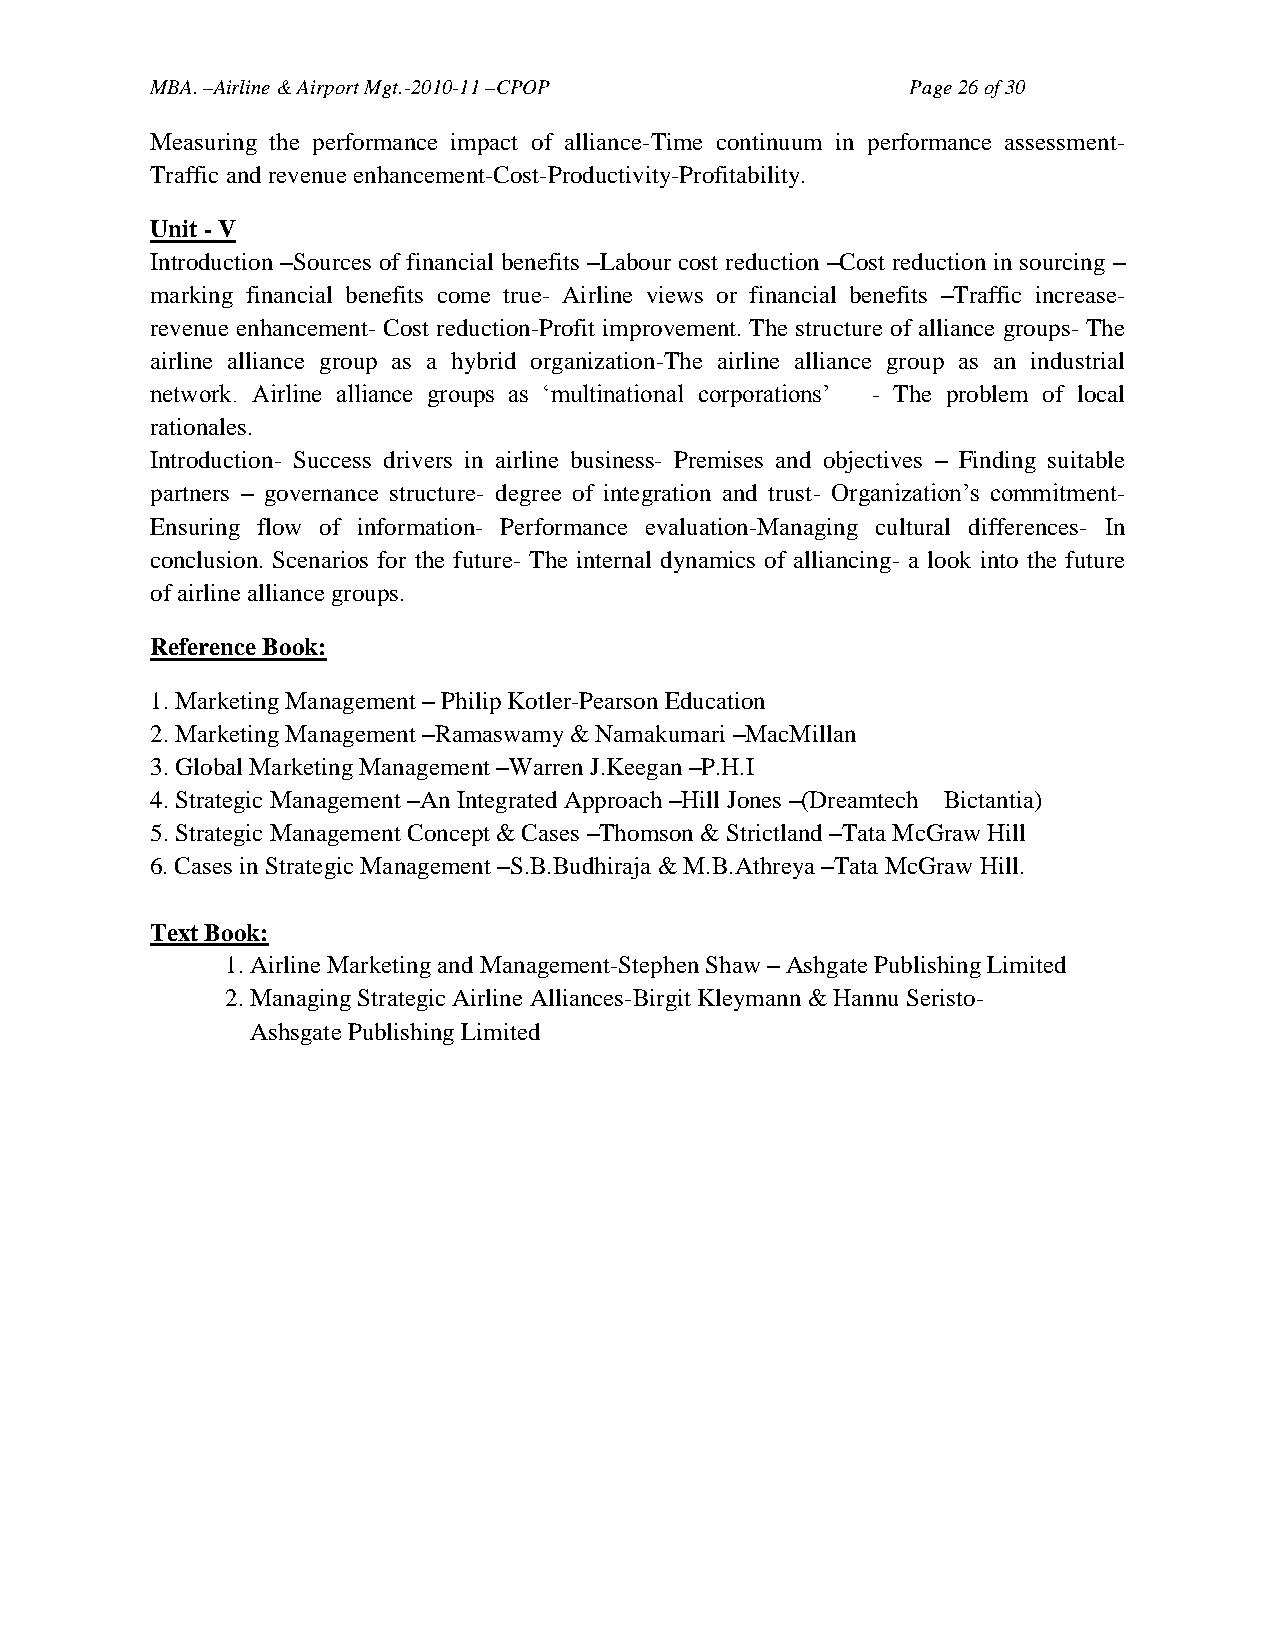
MBA. –Airline & Airport Mgt.-2010-11 –CPOP        Page 26 of 30
 Measuring the performance impact of alliance-Time continuum in performance assessment-
 Traffic and revenue enhancement-Cost-Productivity-Profitability.
 Unit - V
 Introduction –Sources of financial benefits –Labour cost reduction –Cost reduction in sourcing –
 marking financial benefits come true- Airline views or financial benefits –Traffic increase-
 revenue enhancement- Cost reduction-Profit improvement. The structure of alliance groups- The
 airline alliance group as a hybrid organization-The airline alliance group as an industrial
 network. Airline alliance groups as ‗multinational corporations‘ - The problem of local
 rationales.
 Introduction- Success drivers in airline business- Premises and objectives – Finding suitable
 partners – governance structure- degree of integration and trust- Organization‘s commitment-
 Ensuring flow of information- Performance evaluation-Managing cultural differences- In
 conclusion. Scenarios for the future- The internal dynamics of alliancing- a look into the future
 of airline alliance groups.
 Reference Book:
 1. Marketing Management – Philip Kotler-Pearson Education
 2. Marketing Management –Ramaswamy & Namakumari –MacMillan
 3. Global Marketing Management –Warren J.Keegan –P.H.I
 4. Strategic Management –An Integrated Approach –Hill Jones –(Dreamtech Bictantia)
 5. Strategic Management Concept & Cases –Thomson & Strictland –Tata McGraw Hill
 6. Cases in Strategic Management –S.B.Budhiraja & M.B.Athreya –Tata McGraw Hill.
 Text Book:
 1. Airline Marketing and Management-Stephen Shaw – Ashgate Publishing Limited
 2. Managing Strategic Airline Alliances-Birgit Kleymann & Hannu Seristo-
 Ashsgate Publishing Limited